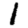
Digit: 1